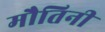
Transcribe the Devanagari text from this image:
मौतिनी